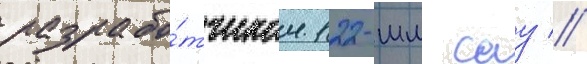
разрабо́тчиком 122-мм сау //